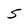
Character: 5